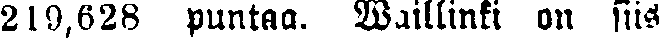
219,628 puntaa. Waillinki on siis